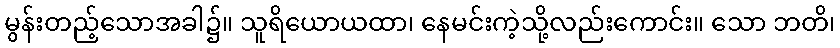
မွန်းတည့်သောအခါ၌။ သူရိယောယထာ၊ နေမင်းကဲ့သို့လည်းကောင်း။ သော ဘတိ၊